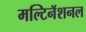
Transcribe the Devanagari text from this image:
मल्टिनॅशनल